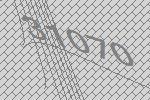
31070